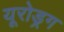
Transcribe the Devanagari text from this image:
यूरोड्रग